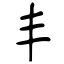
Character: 丰